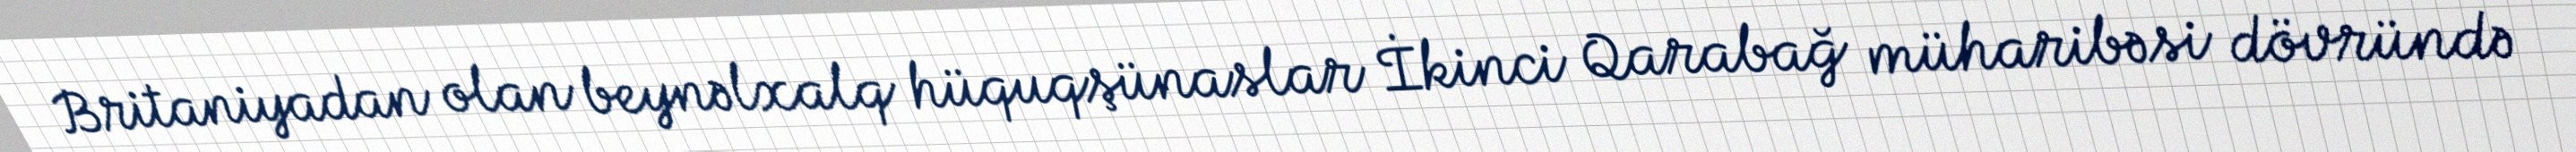
Britaniyadan olan beynəlxalq hüquqşünaslar İkinci Qarabağ müharibəsi dövründə